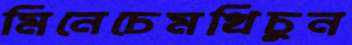
মিনেচেমখিচুন